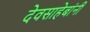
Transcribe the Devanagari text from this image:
देवसाहेबांनी